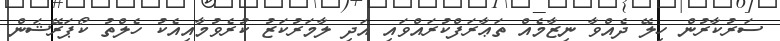
ސަރުކާރުން ހިލޭ ދެއްވާ ނިޒާމެއް ތަޢާރަފްކުރައްވައި އަދި ލާމަރުކަޒު ކުރެވުމާއިއެކު ހެލްތު ކޯޕަރޭޝަން